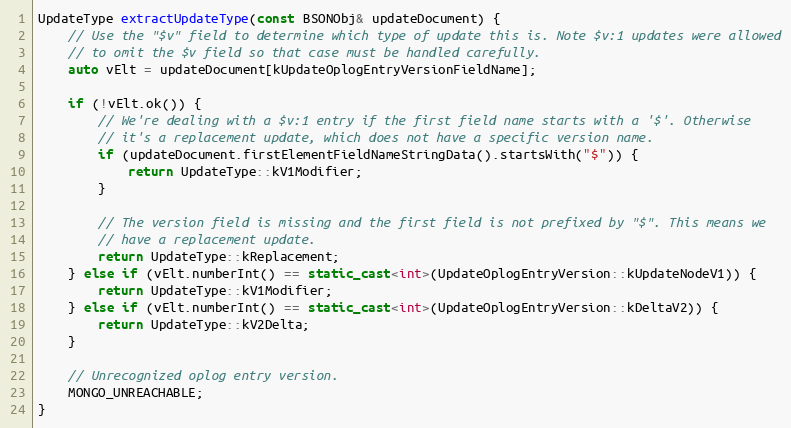
Language: C++
UpdateType extractUpdateType(const BSONObj& updateDocument) {
    // Use the "$v" field to determine which type of update this is. Note $v:1 updates were allowed
    // to omit the $v field so that case must be handled carefully.
    auto vElt = updateDocument[kUpdateOplogEntryVersionFieldName];

    if (!vElt.ok()) {
        // We're dealing with a $v:1 entry if the first field name starts with a '$'. Otherwise
        // it's a replacement update, which does not have a specific version name.
        if (updateDocument.firstElementFieldNameStringData().startsWith("$")) {
            return UpdateType::kV1Modifier;
        }

        // The version field is missing and the first field is not prefixed by "$". This means we
        // have a replacement update.
        return UpdateType::kReplacement;
    } else if (vElt.numberInt() == static_cast<int>(UpdateOplogEntryVersion::kUpdateNodeV1)) {
        return UpdateType::kV1Modifier;
    } else if (vElt.numberInt() == static_cast<int>(UpdateOplogEntryVersion::kDeltaV2)) {
        return UpdateType::kV2Delta;
    }

    // Unrecognized oplog entry version.
    MONGO_UNREACHABLE;
}